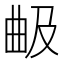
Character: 𣌵